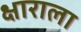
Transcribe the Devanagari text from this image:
क्षाराला